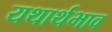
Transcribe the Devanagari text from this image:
यथार्थभाव